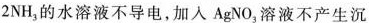
2NH_{3}的水溶液不导电，加入AgNO_{3}溶液不产生沉淀，